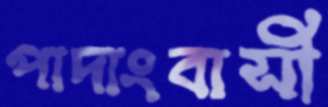
পাদাংবাসী